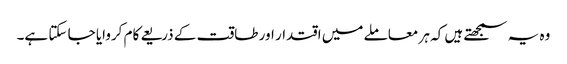
وہ یہ سمجھتے ہیں کہ ہر معاملے میں اقتدار اور طاقت کے ذریعے کام کروایا جا سکتا ہے۔